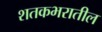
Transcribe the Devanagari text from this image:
शतकभरातील